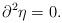
LaTeX: \begin{align*}\partial^2 \eta = 0.\end{align*}